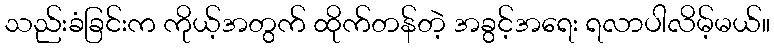
သည်းခံခြင်းက ကိုယ့်အတွက် ထိုက်တန်တဲ့ အခွင့်အရေး ရလာပါလိမ့်မယ်။